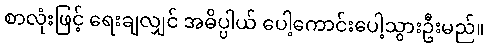
စာလုံးဖြင့် ရေးချလျှင် အဓိပ္ပါယ် ပေါ့ကောင်းပေါ့သွားဦးမည်။